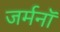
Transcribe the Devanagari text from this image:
जर्मनॉ